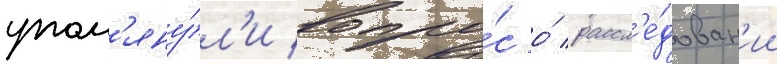
упом'яну́л'и вопро́с о́ рассл'е́дован'ии